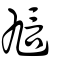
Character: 訄